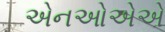
એનઓએએ